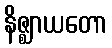
နိဇ္ဈာယတော